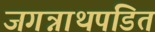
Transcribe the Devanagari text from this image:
जगन्नाथपंडित